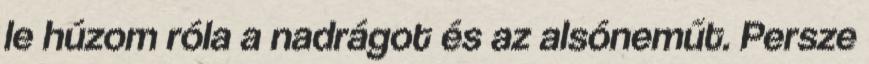
le húzom róla a nadrágot és az alsóneműt. Persze